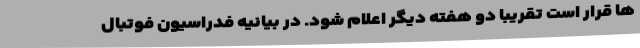
ها قرار است تقریبا دو هفته دیگر اعلام شود. در بیانیه فدراسیون فوتبال